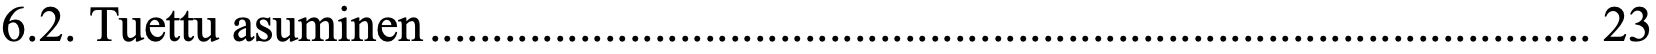
6.2. Tuettu asuminen ............................................................................................. 23